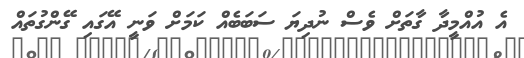
އެ އުއްމީދާ ގާތަށް ވެސް ނުދިޔަ ސަބަބެއް ކަމަށް ވަނީ އޭގައި ގޭންގުތައް